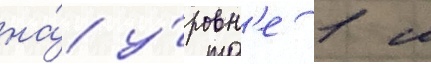
на́ у́ровн'е 1 м